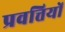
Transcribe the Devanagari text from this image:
प्रवत्तियों